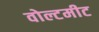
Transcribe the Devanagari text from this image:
वोल्टमीट